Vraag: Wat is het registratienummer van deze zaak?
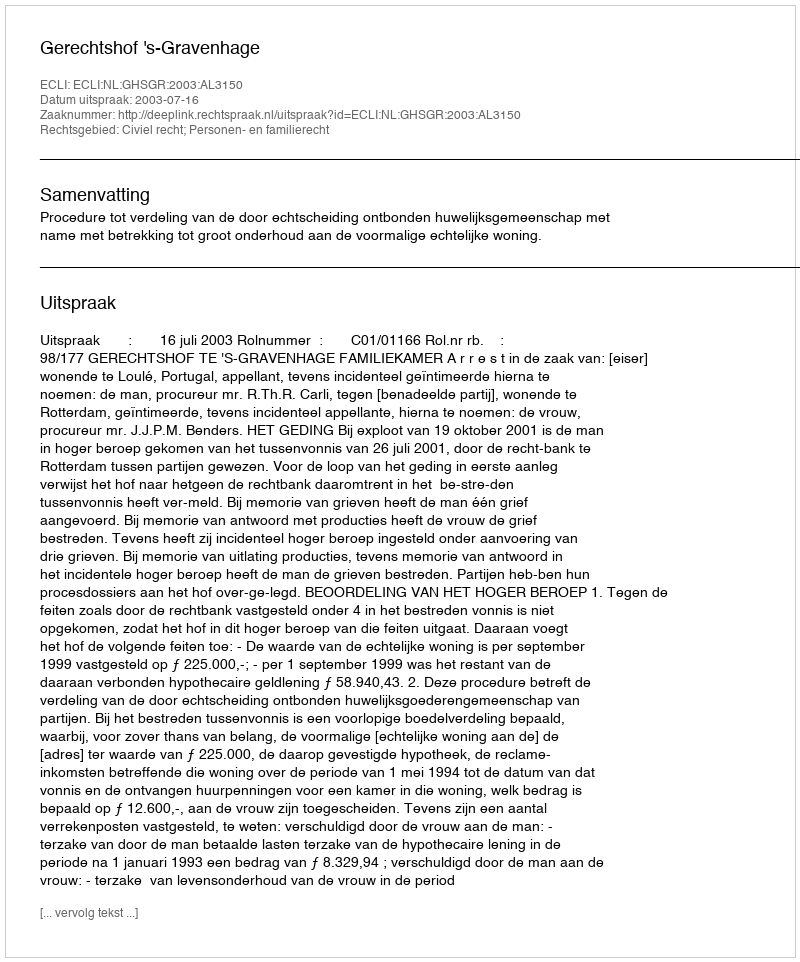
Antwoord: http://deeplink.rechtspraak.nl/uitspraak?id=ECLI:NL:GHSGR:2003:AL3150